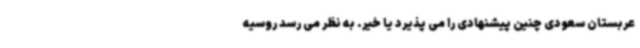
عربستان سعودی چنین پیشنهادی را می پذیرد یا خیر. به نظر می رسد روسیه